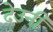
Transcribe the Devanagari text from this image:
देउनी